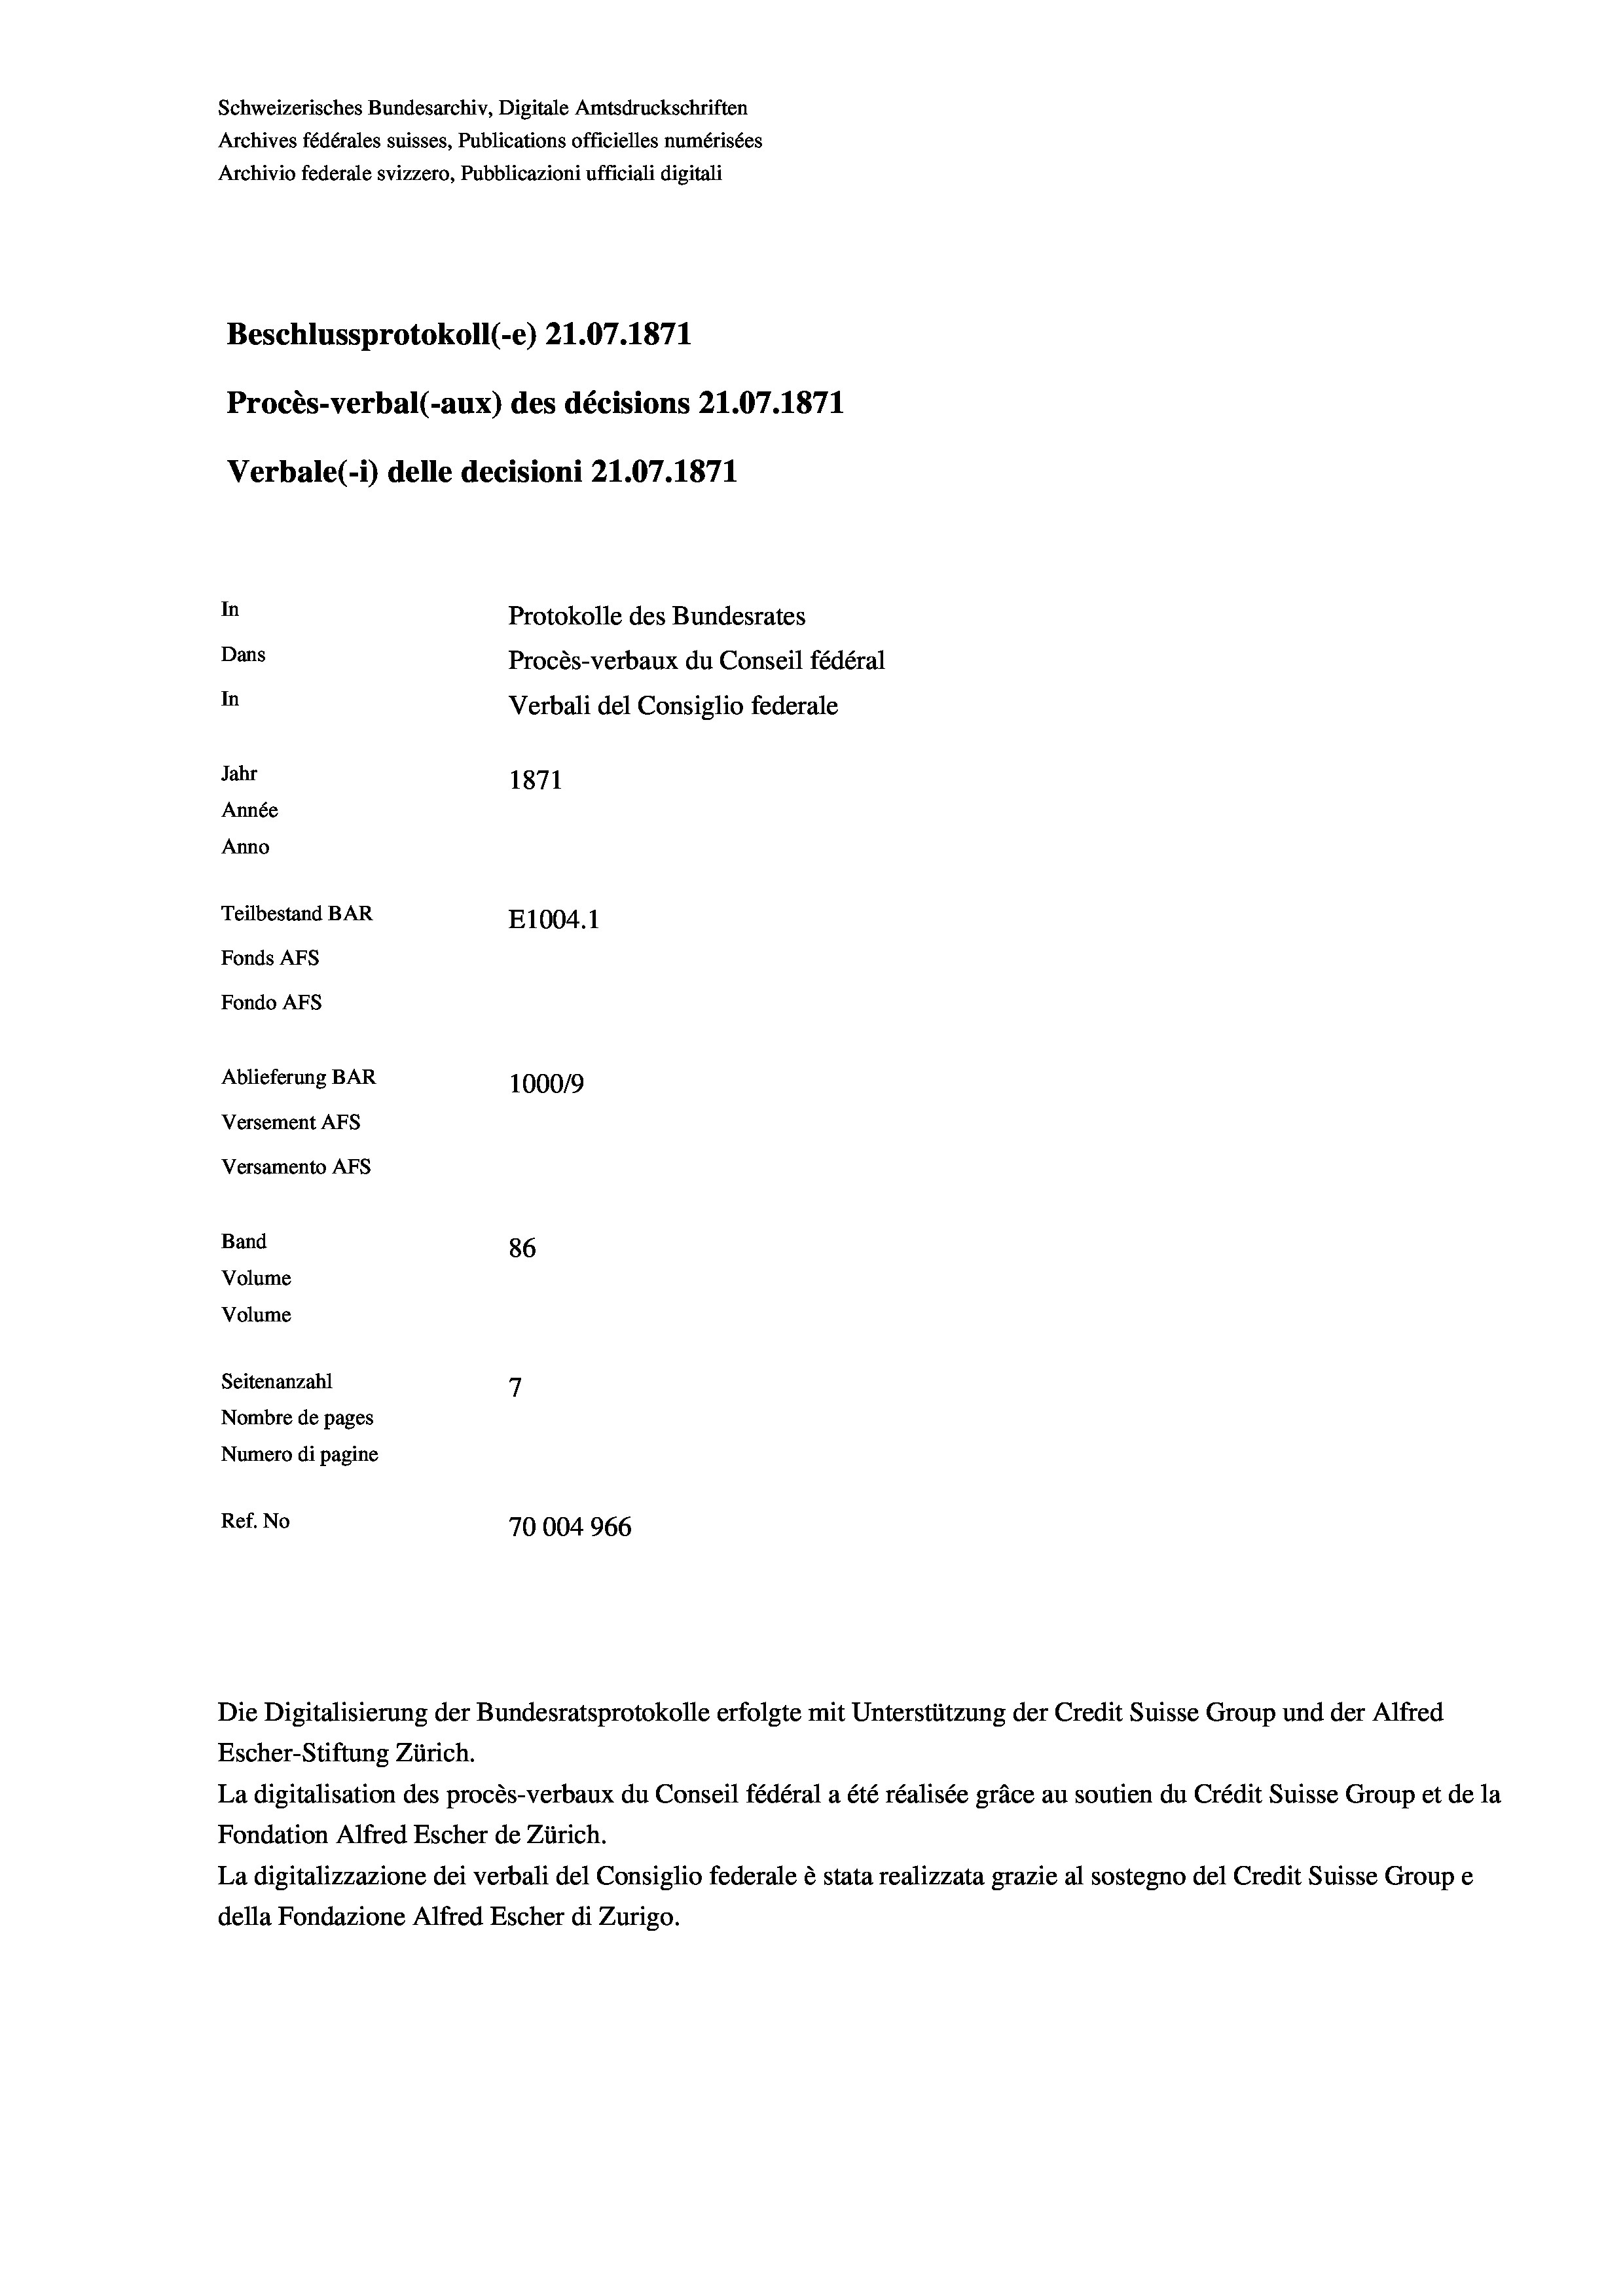
Schweizerisches Bundesarchiv, Digitale Amtsdruckschriften
Archives fédérales suisses, Publications officielles numérisées
Archivio federale svizzero, Pubblicazioni ufficiali digitali
Beschlussprotokoll (-e) 21.07. 1871
Procès-verbal (-aux) des décisions 21.07.1871
Verbale (1) delle decisioni 21.07. 1871
In
Protokolle des Bundesrates
Dans
Procès-verbaux du Conseil fédéral
In
Verbali del Consiglio federale
Jahr
1871
Année
Anno
Teilbestand BAR
E1004. 1
Fonds Afs
Fondo AFs
Ablieferung BAR
100019
Versement AFS
Versamento Afs
Band
86
Volume
Volume
7
Seitenanzahl
Nombre de pages
Numero di pagine
Ref. No
70004966

Die Digitalisierung der Bundesratsprotokolle erfolgte mit Unterstützung der Credit Suisse Group und der Alfred
Escher-Stiftung Zürich.
La digitalisation des procès-verbaux du Conseil fédéral a été réalisée gräce au soutien du Crédit Suisse Group et de la
Fondation Alfred Escher de Zürich.
La digitalizzazione dei verbali del Consiglio federale è stata realizzata grazie al sostegno del Credit Suisse Groupe
della Fondazione Alfred Escher di Zurigo.